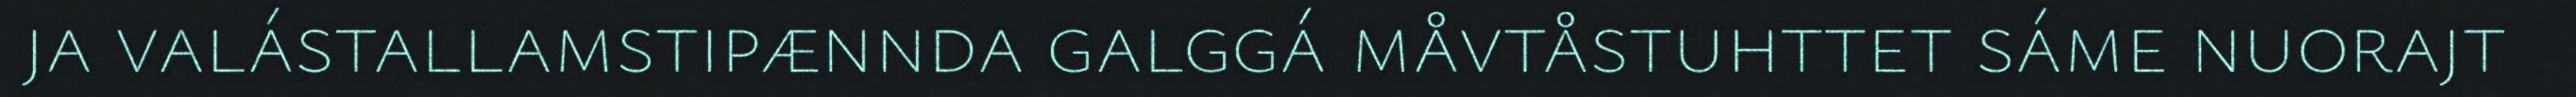
ja valástallamstipænnda galggá måvtåstuhttet sáme nuorajt